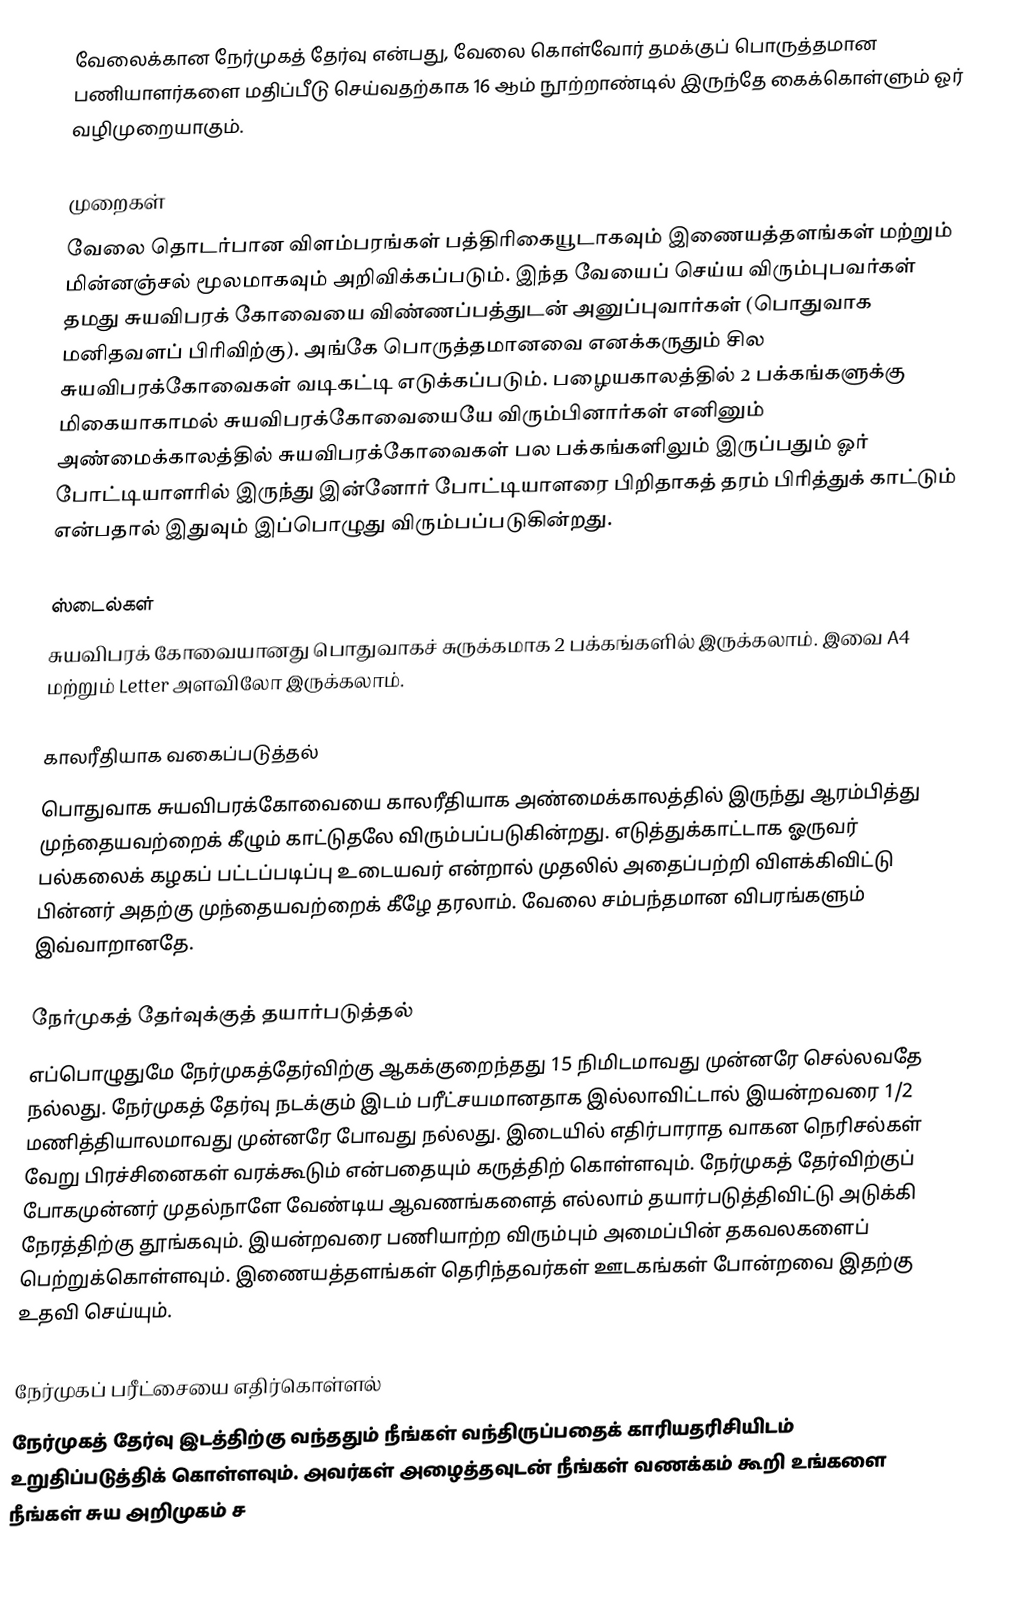
வேலைக்கான நேர்முகத் தேர்வு என்பது, வேலை கொள்வோர் தமக்குப் பொருத்தமான பணியாளர்களை மதிப்பீடு செய்வதற்காக 16 ஆம் நூற்றாண்டில் இருந்தே கைக்கொள்ளும் ஓர் வழிமுறையாகும்.

முறைகள்
வேலை தொடர்பான விளம்பரங்கள் பத்திரிகையூடாகவும் இணையத்தளங்கள் மற்றும் மின்னஞ்சல் மூலமாகவும் அறிவிக்கப்படும். இந்த வேயைப் செய்ய விரும்புபவர்கள் தமது சுயவிபரக் கோவையை விண்ணப்பத்துடன் அனுப்புவார்கள் (பொதுவாக மனிதவளப் பிரிவிற்கு). அங்கே பொருத்தமானவை எனக்கருதும் சில சுயவிபரக்கோவைகள் வடிகட்டி எடுக்கப்படும். பழையகாலத்தில் 2 பக்கங்களுக்கு மிகையாகாமல் சுயவிபரக்கோவையையே விரும்பினார்கள் எனினும் அண்மைக்காலத்தில் சுயவிபரக்கோவைகள் பல பக்கங்களிலும் இருப்பதும் ஓர் போட்டியாளரில் இருந்து இன்னோர் போட்டியாளரை பிறிதாகத் தரம் பிரித்துக் காட்டும் என்பதால் இதுவும் இப்பொழுது விரும்பப்படுகின்றது.

ஸ்டைல்கள்
சுயவிபரக் கோவையானது பொதுவாகச் சுருக்கமாக 2 பக்கங்களில் இருக்கலாம். இவை A4 மற்றும் Letter அளவிலோ இருக்கலாம்.

காலரீதியாக வகைப்படுத்தல்
பொதுவாக சுயவிபரக்கோவையை காலரீதியாக அண்மைக்காலத்தில் இருந்து ஆரம்பித்து முந்தையவற்றைக் கீழும் காட்டுதலே விரும்பப்படுகின்றது. எடுத்துக்காட்டாக ஓருவர் பல்கலைக் கழகப் பட்டப்படிப்பு உடையவர் என்றால் முதலில் அதைப்பற்றி விளக்கிவிட்டு பின்னர் அதற்கு முந்தையவற்றைக் கீழே தரலாம். வேலை சம்பந்தமான விபரங்களும் இவ்வாறானதே.

நேர்முகத் தேர்வுக்குத் தயார்படுத்தல்
எப்பொழுதுமே நேர்முகத்தேர்விற்கு ஆகக்குறைந்தது 15 நிமிடமாவது முன்னரே செல்லவதே நல்லது. நேர்முகத் தேர்வு நடக்கும் இடம் பரீட்சயமானதாக இல்லாவிட்டால் இயன்றவரை 1/2 மணித்தியாலமாவது முன்னரே போவது நல்லது. இடையில் எதிர்பாராத வாகன நெரிசல்கள் வேறு பிரச்சினைகள் வரக்கூடும் என்பதையும் கருத்திற் கொள்ளவும். நேர்முகத் தேர்விற்குப் போகமுன்னர் முதல்நாளே வேண்டிய ஆவணங்களைத் எல்லாம் தயார்படுத்திவிட்டு அடுக்கி நேரத்திற்கு தூங்கவும். இயன்றவரை பணியாற்ற விரும்பும் அமைப்பின் தகவலகளைப் பெற்றுக்கொள்ளவும். இணையத்தளங்கள் தெரிந்தவர்கள் ஊடகங்கள் போன்றவை இதற்கு உதவி செய்யும்.

நேர்முகப் பரீட்சையை எதிர்கொள்ளல்
நேர்முகத் தேர்வு இடத்திற்கு வந்ததும் நீங்கள் வந்திருப்பதைக் காரியதரிசியிடம் உறுதிப்படுத்திக் கொள்ளவும். அவர்கள் அழைத்தவுடன் நீங்கள் வணக்கம் கூறி உங்களை நீங்கள் சுய அறிமுகம் ச